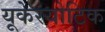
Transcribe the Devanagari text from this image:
यूकेरयोटिक